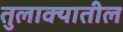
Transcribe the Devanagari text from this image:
तुलाक्यातील